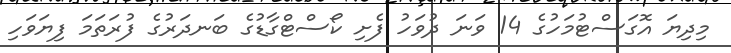
މިދިޔަ އޮގަސްޓުމަހުގެ 14 ވަނަ ދުވަހު ފެށި ކޯސްޓްގާޑުގެ ބަނދަރުގެ ފުރަތަމަ ފިޔަވަހި